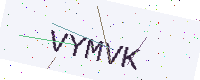
Text: VYMVK